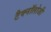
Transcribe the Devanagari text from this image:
टैक्नॉलोजी